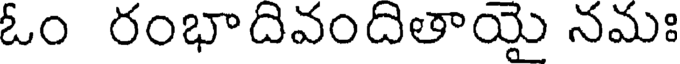
ఓం రంభాదివందితాయై నమః